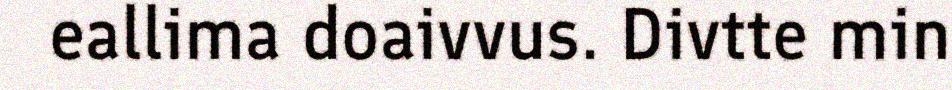
eallima doaivvus. Divtte min